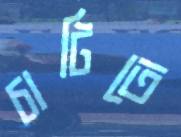
চাটিতে